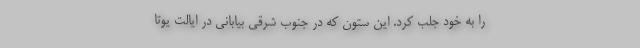
را به خود جلب کرد. این ستون که در جنوب شرقی بیابانی در ایالت یوتا